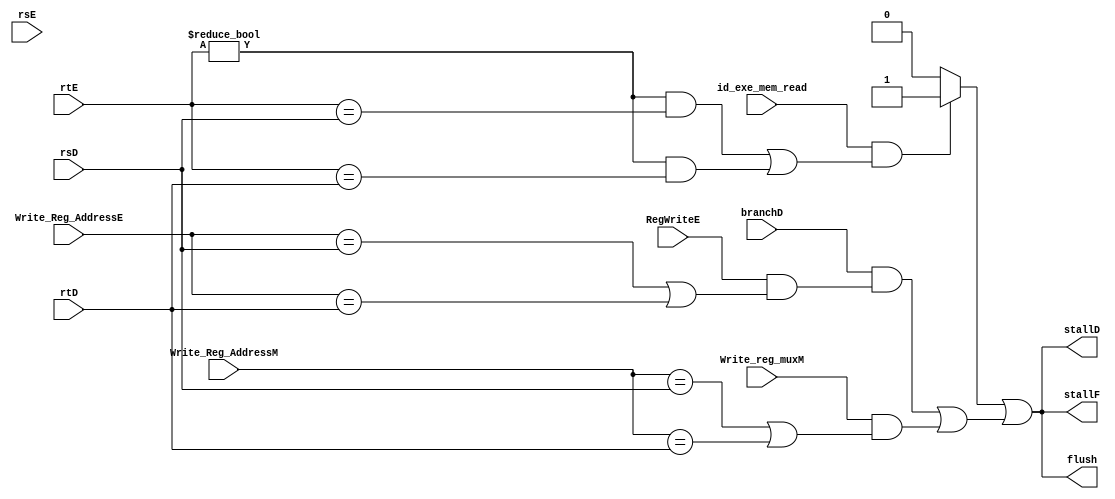
module hazard_detection_uint(
    input wire [4:0]    rtE,
    input wire [4:0]    rsE,
    input wire [4:0]    rsD,
    input wire [4:0]    rtD,
    input wire          id_exe_mem_read,
    input wire          branchD,
    input wire          RegWriteE,
    input wire [4:0]    Write_Reg_AddressE,
    input wire [4:0]    Write_Reg_AddressM,
    input wire          Write_reg_muxM,
    output wire         stallF,
    output wire         stallD,
    output wire         flush
);
wire lwstall, branchstall;

assign lwstall = ((id_exe_mem_read)
        &&(((rtE!=0)&&(rtE==rsD))||((rtE!=0)&&(rtE == rtD))))
        ? 1'b1 : 1'b0;

assign branchstall = (branchD&
                    (RegWriteE&
                     ((Write_Reg_AddressE==rsD)|(Write_Reg_AddressE==rtD))) |
                     (Write_reg_muxM&
                     ((Write_Reg_AddressM==rsD)|(Write_Reg_AddressM==rtD))));

assign stallD = (lwstall
                |branchstall
);
assign stallF = stallD;
assign flush = stallD;

endmodule